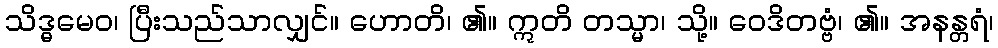
သိဒ္ဓမေဝ၊ ပြီးသည်သာလျှင်။ ဟောတိ၊ ၏။ ဣတိ တသ္မာ၊ သို့။ ဝေဒိတဗ္ဗံ၊ ၏။ အနန္တရံ၊